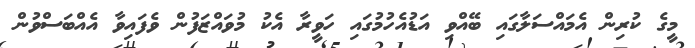
މީގެ ކުރިން އެމައްސަލާގައި ބޭއްވި އަޑުއެހުމުގައި ހަވީރާ އެކު މުވައްޒަފުން ވެފައިވާ އެއްބަސްވުން